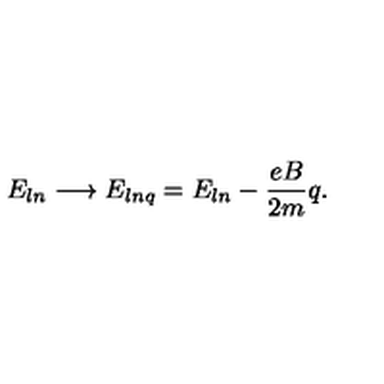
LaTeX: E _ { l n } \longrightarrow E _ { l n q } = E _ { l n } - \frac { e B } { 2 m } q .